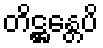
တိဋ္ဌန္တေပိ